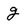
Character: g